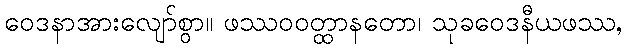
ဝေဒနာအားလျော်စွာ။ ဖဿဝဝတ္ထာနတော၊ သုခဝေဒနီယဖဿ,